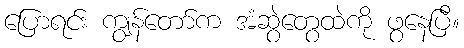
ပြောရင်း ကျွန်တော်က အံဆွဲတွေထဲကို ဖွနေပြီ။